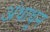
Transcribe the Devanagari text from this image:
अंधाधुन